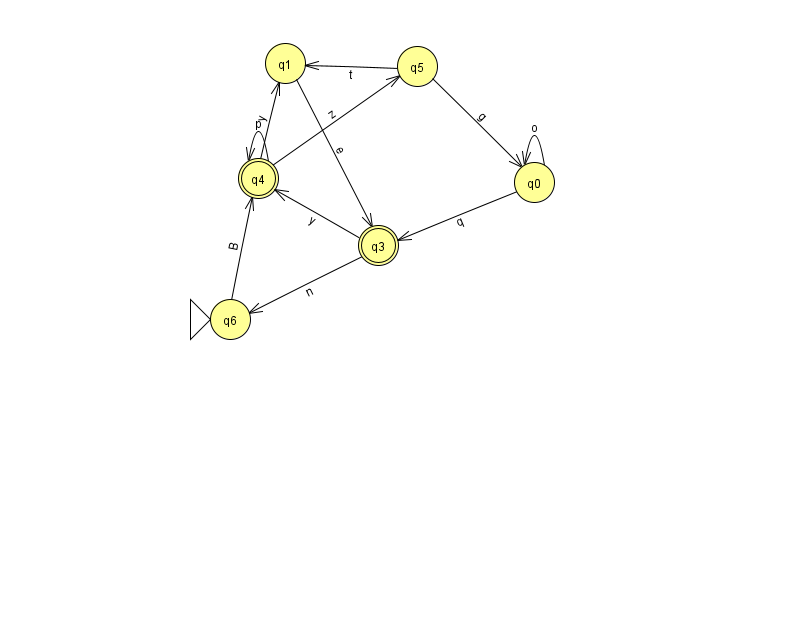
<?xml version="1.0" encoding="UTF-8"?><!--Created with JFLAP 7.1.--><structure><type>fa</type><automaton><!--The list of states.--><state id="0" name="q0"><x>534.0</x><y>169.0</y></state><state id="1" name="q1"><x>285.0</x><y>50.0</y></state><state id="3" name="q3"><x>378.0</x><y>232.0</y><final/></state><state id="4" name="q4"><x>258.0</x><y>165.0</y><final/></state><state id="5" name="q5"><x>417.0</x><y>53.0</y></state><state id="6" name="q6"><x>230.0</x><y>306.0</y><initial/></state><!--The list of transitions.--><transition><from>4</from><to>1</to><read>y</read></transition><transition><from>4</from><to>4</to><read>p</read></transition><transition><from>0</from><to>3</to><read>q</read></transition><transition><from>4</from><to>5</to><read>z</read></transition><transition><from>5</from><to>1</to><read>t</read></transition><transition><from>3</from><to>6</to><read>n</read></transition><transition><from>5</from><to>0</to><read>g</read></transition><transition><from>1</from><to>3</to><read>e</read></transition><transition><from>3</from><to>4</to><read>y</read></transition><transition><from>0</from><to>0</to><read>o</read></transition><transition><from>6</from><to>4</to><read>B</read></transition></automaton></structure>